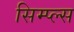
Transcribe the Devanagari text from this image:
सिम्प्ल्स